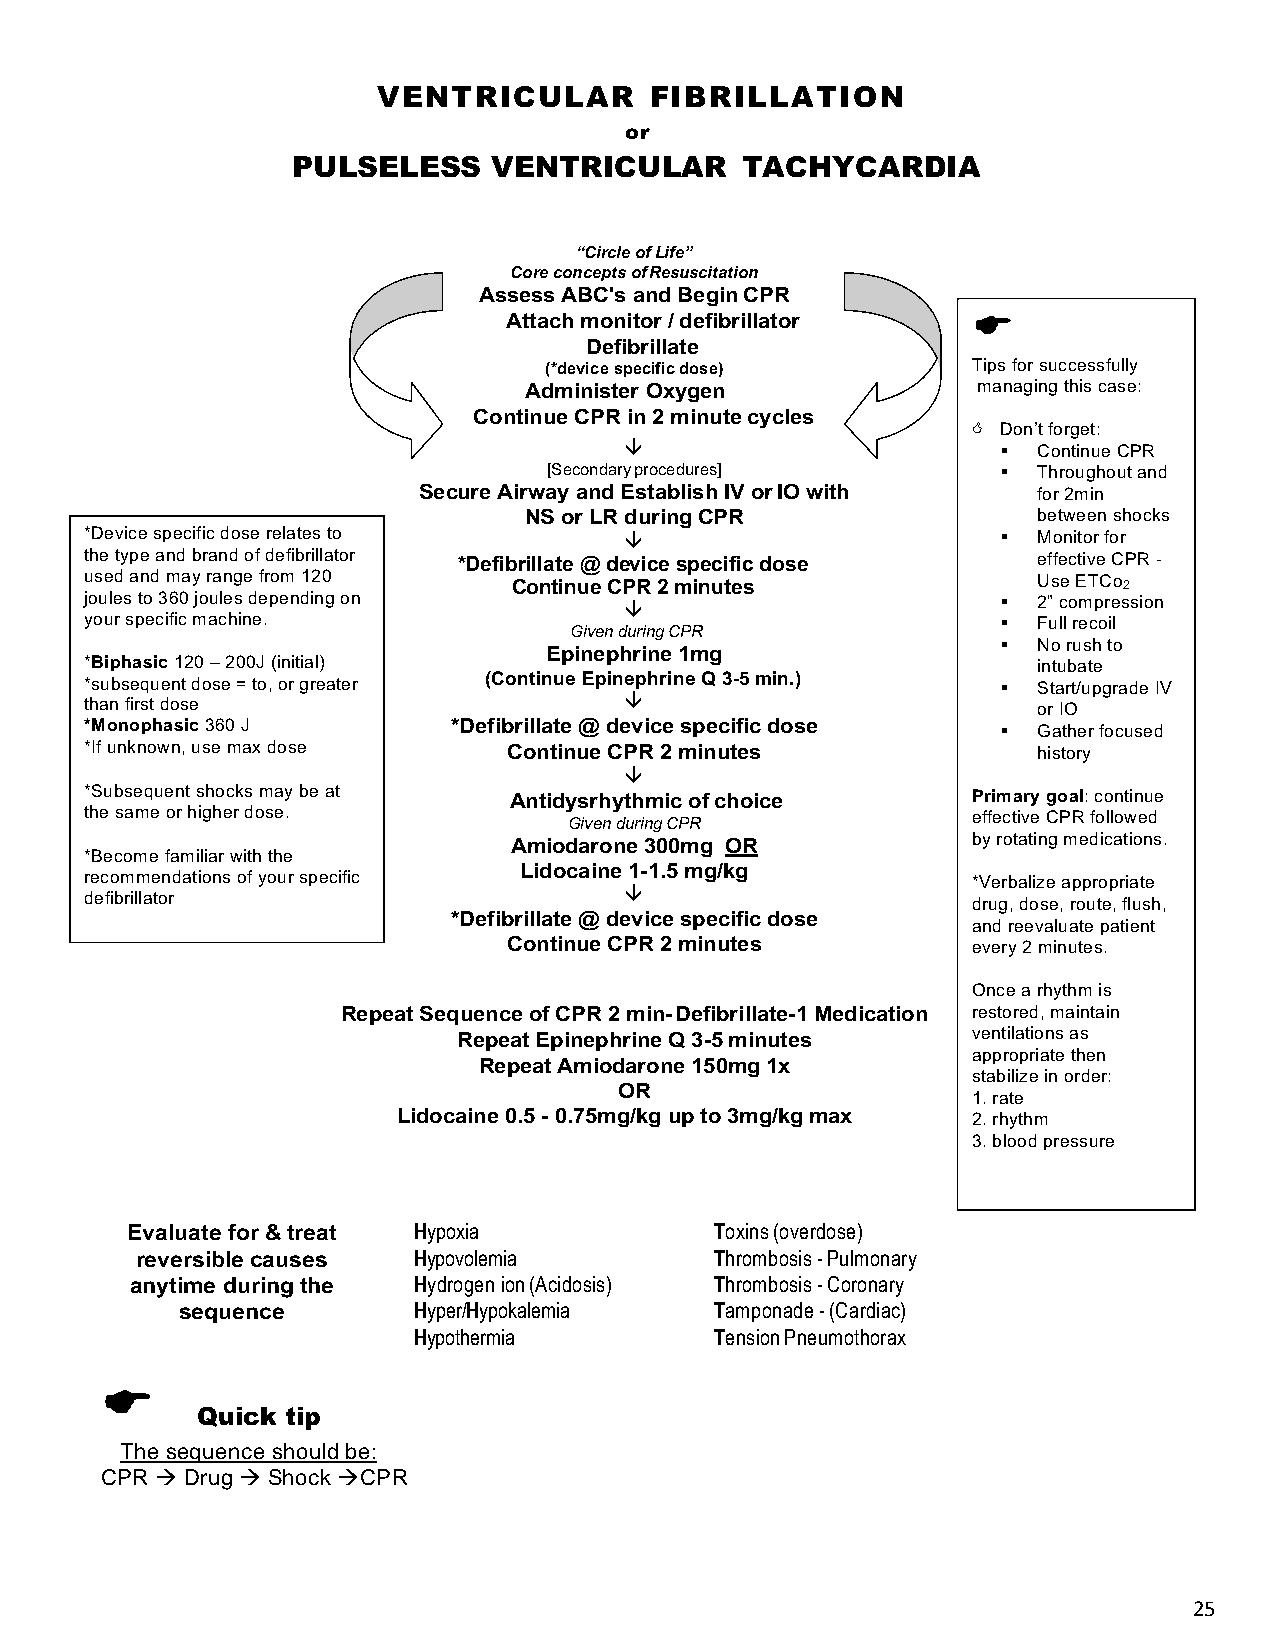
VENTRICULAR       FIBRILLATION
 or
 PULSELESS     VENTRICULAR     TACHYCARDIA
 “Circle of Life”
 Core concepts of Resuscitation
 Assess ABC's and Begin CPR
 Attach monitor / defibrillator E
 Defibrillate
 (*device specific dose)     Tips for successfully
 Administer Oxygen             managing this case:
 Continue CPR in 2 minute cycles
 < Don’t forget:
 â                        §  Continue CPR
 [Secondary procedures]        §  Throughout and
 Secure Airway and Establish IV or IO with for 2min
 NS or LR during CPR               between shocks
 *Device specific dose relates to   â                        §  Monitor for
 the type and brand of defibrillator *Defibrillate @ device specific dose effective CPR -
 used and may range from 120 Continue CPR 2 minutes             Use ETCo2
 joules to 360 joules depending on                           §  2” compression
 â
 your specific machine.                                      §  Full recoil
 Given during CPR
 §  No rush to
 Epinephrine 1mg
 *Biphasic 120 – 200J (initial)                                 intubate
 *subsequent dose = to, or greater (Continue Epinephrine Q 3-5 min.) § Start/upgrade IV
 than first dose                    â                           or IO
 *Monophasic 360 J       *Defibrillate @ device specific dose § Gather focused
 *If unknown, use max dose   Continue CPR 2 minutes             history
 â
 *Subsequent shocks may be at Antidysrhythmic of choice    Primary goal: continue
 the same or higher dose.        Given during CPR          effective CPR followed
 Amiodarone 300mg OR           by rotating medications.
 *Become familiar with the
 Lidocaine 1-1.5 mg/kg
 recommendations of your specific                          *Verbalize appropriate
 defibrillator                      â                      drug, dose, route, flush,
 *Defibrillate @ device specific dose
 and reevaluate patient
 Continue CPR 2 minutes        every 2 minutes.
 Once a rhythm is
 Repeat Sequence of CPR 2 min- Defibrillate-1 Medication restored, maintain
 Repeat Epinephrine Q 3-5 minutes  ventilations as
 appropriate then
 Repeat Amiodarone 150mg 1x
 stabilize in order:
 OR
 1. rate
 Lidocaine 0.5 - 0.75mg/kg up to 3mg/kg max 2. rhythm
 3. blood pressure
 Evaluate for & treat Hypoxia           Toxins (overdose)
 reversible causes Hypovolemia         Thrombosis - Pulmonary
 anytime during the Hydrogen ion (Acidosis) Thrombosis - Coronary
 sequence       Hyper/Hypokalemia   Tamponade - (Cardiac)
 Hypothermia         Tension Pneumothorax
 E
 Quick tip
 The sequence should be:
 CPR à Drug à Shock àCPR
 25